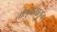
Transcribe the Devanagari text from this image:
तालु्नयातून